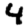
Digit: 4